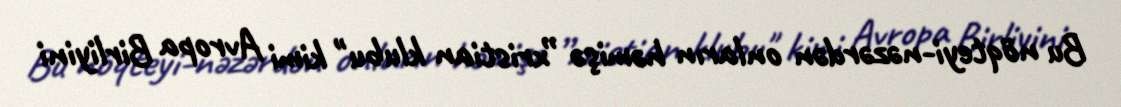
Bu nöqteyi-nəzərdən onların həmişə ”xristian klubu" kimi Avropa Birliyini